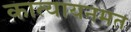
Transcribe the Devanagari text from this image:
कात्यायनमत